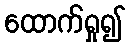
ထောက်ရှု၍